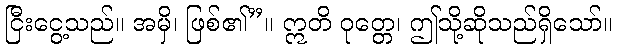
ငြီးငွေ့သည်။ အမှိ၊ ဖြစ်၏”။ ဣတိ ဝုတ္တေ၊ ဤသို့ဆိုသည်ရှိသော်။